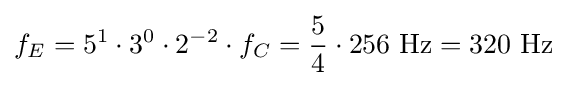
f_{E}=5^{1}\cdot 3^{0}\cdot 2^{-2}\cdot f_{C}={5 \over 4}\cdot 256\ \mathrm {Hz} =320\ \mathrm {Hz}